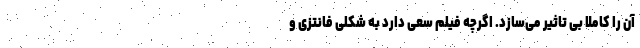
آن را کاملا بی تاثیر می‌سازد. اگرچه فیلم سعی دارد به شکلی فانتزی و